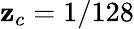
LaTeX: \mathbf{z}_{c}=1/128